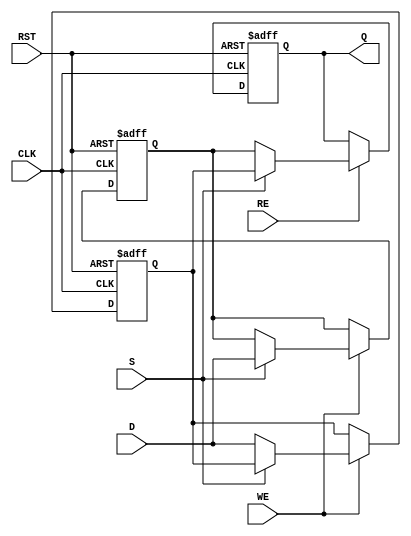
module double_buffer_register #(
    parameter DATA_WIDTH = 8 // Parameter for data width, adjust as needed
)(
    input  wire [DATA_WIDTH-1:0] D,    // Data input
    input  wire WE,                    // Write Enable
    input  wire RE,                    // Read Enable
    input  wire S,                     // Select signal
    input  wire CLK,                   // Clock signal
    input  wire RST,                   // Asynchronous reset
    output reg [DATA_WIDTH-1:0] Q      // Data output
);

// Internal registers for Buffer A and Buffer B
reg [DATA_WIDTH-1:0] buffer_a;
reg [DATA_WIDTH-1:0] buffer_b;

always @(posedge CLK or posedge RST) begin
    if (RST) begin
        // Reset both buffers to zero
        buffer_a <= {DATA_WIDTH{1'b0}};
        buffer_b <= {DATA_WIDTH{1'b0}};
        Q <= {DATA_WIDTH{1'b0}}; // Clear output
    end else begin
        // Write operation
        if (WE) begin
            if (S) begin
                buffer_b <= D; // Write to Buffer B
            end else begin
                buffer_a <= D; // Write to Buffer A
            end
        end
        
        // Read operation
        if (RE) begin
            if (S) begin
                Q <= buffer_a; // Read from Buffer A when S is 1
            end else begin
                Q <= buffer_b; // Read from Buffer B when S is 0
            end
        end
    end
end

endmodule